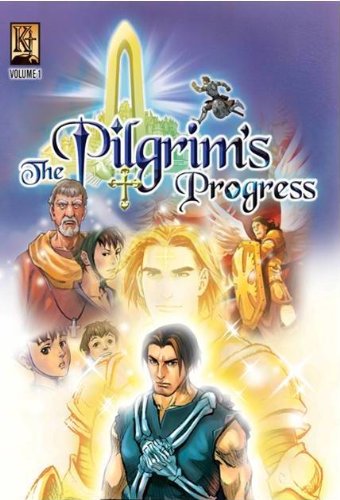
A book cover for Pilgrim's Progress VOL 1; John Bunyan; Christian Books & Bibles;